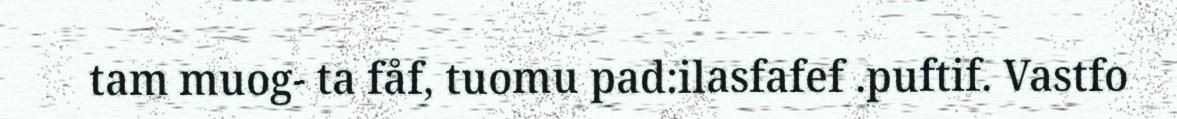
tam muog- ta fåf, tuomu pad:ilasfafef .puftif. Vastfo